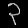
Digit: ၃